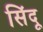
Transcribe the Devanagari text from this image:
सिंदू